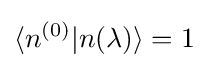
\langle n^{(0)}|n(\lambda )\rangle =1